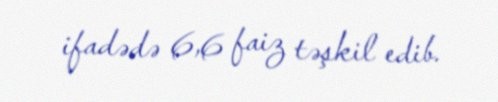
ifadədə 6,6 faiz təşkil edib.